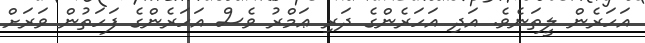
އަހަރެން ލީތަނެވެ. އަދި އަހަރެންގެ ދަރި ޢަމްރު ވެސް އަހަރެންގެ ފަހަތުން ވަރަށް